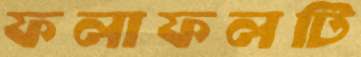
ফলাফলটি